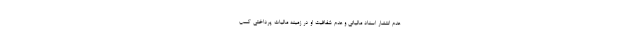
عدم انتشار اسناد مالیاتی و عدم شفافیت او در زمینه مالیات پرداختی کسب